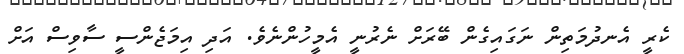
ކެރީ އެނދުމަތިން ނަގައިގެން ބޭރަށް ނެރުނީ އެމީހުންނެވެ. އަދި އިމަޖެންސީ ސާވިސް އަށް